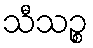
သီသဉ္စ